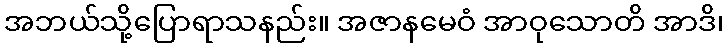
အဘယ်သို့ပြောရာသနည်း။ အဇာနမေဝံ အာဝုသောတိ အာဒိ၊